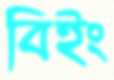
বিইং